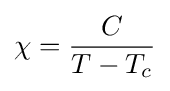
\chi ={\frac {C}{T-T_{c}}}